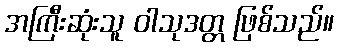
အကြီးဆုံးသူ ဝါသုဒတ္တ ဖြစ်သည်။